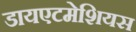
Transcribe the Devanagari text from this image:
डायएटमेशियस